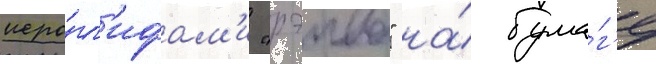
иеро́гл'ифам'и "рэива" на́ бума́г'е